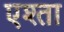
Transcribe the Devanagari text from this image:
एश्ता